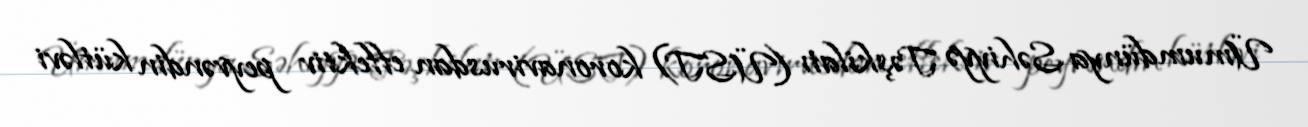
Ümumdünya Səhiyyə Təşkilatı (ÜST) koronavirusdan effektiv peyvəndin kütləvi